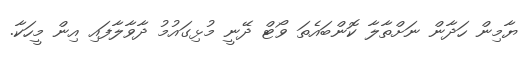
ޔާމިން ހަދާން ނަށްތާލާ ކޮންބައެތަ ވޯޓް ދޭނީ މުޅިގައުމު ދާވާލާފައި އިން މީހަކާ.